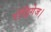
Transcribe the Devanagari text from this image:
रोड्रिगेज।